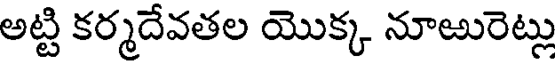
అట్టి కర్మదేవతల యొక్క నూఱురెట్లు